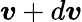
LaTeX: {\boldsymbol{v}}+d{\boldsymbol{v}}